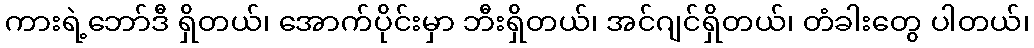
ကားရဲ့ဘော်ဒီ ရှိတယ်၊ အောက်ပိုင်းမှာ ဘီးရှိတယ်၊ အင်ဂျင်ရှိတယ်၊ တံခါးတွေ ပါတယ်၊